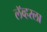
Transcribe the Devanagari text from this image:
लॅव्हरला